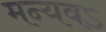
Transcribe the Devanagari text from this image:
मन्यवऽ